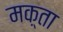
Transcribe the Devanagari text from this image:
मक़्ता